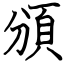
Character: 頒